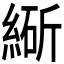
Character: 𬗩